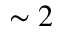
\sim 2